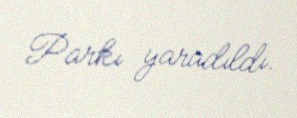
Parkı yaradıldı.